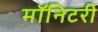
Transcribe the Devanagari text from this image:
मॉनिटरी